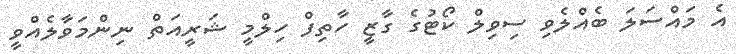
އެ މައްސަލަ ބެއްލެވި ސިވިލް ކޯޓުގެ ގާޒީ ހާތިފް ހިލްމީ ޝަރީއަތް ނިންމަވާލެއްވީ